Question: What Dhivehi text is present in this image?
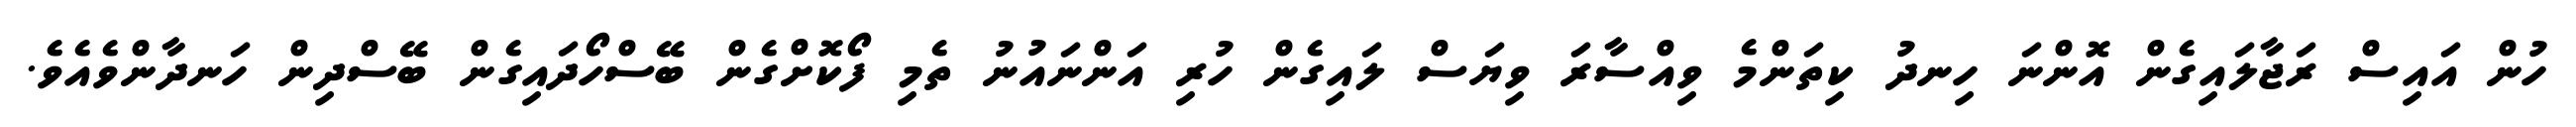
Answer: ހުން އައިސް ރަޖާލައިގެން އޮންނަ ހިނދު ކިތަންމެ ވިއްސާރަ ވިޔަސް ލައިގެން ހުރި އަންނައުނު ތެމި ފޯކޮށްގެން ބޭސްހޯދައިގެން ބޭސްދިން ހަނދާންވެއެވެ.